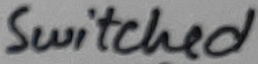
Text: Switched